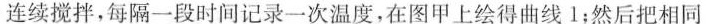
连续搅拌，每隔一段时间记录一次温度，在图甲上绘得曲线l；然后把相同